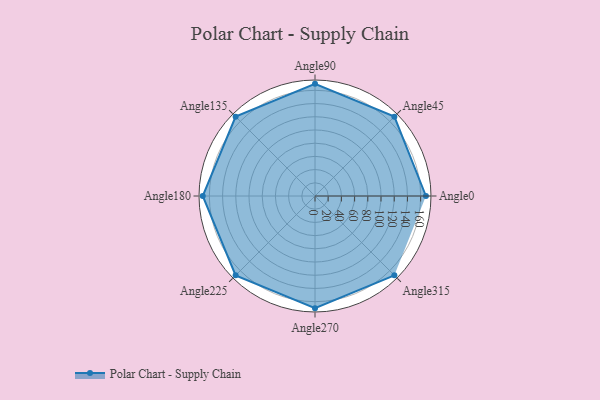
{"axis": {"x": "Angle", "y": "Radius"}, "legend": [""], "data": [{"x": "Angle0", "y": 168.0, "type": ""}, {"x": "Angle45", "y": 170, "type": ""}, {"x": "Angle90", "y": 170, "type": ""}, {"x": "Angle135", "y": 170, "type": ""}, {"x": "Angle180", "y": 170, "type": ""}, {"x": "Angle225", "y": 170, "type": ""}, {"x": "Angle270", "y": 170, "type": ""}, {"x": "Angle315", "y": 170, "type": ""}]}